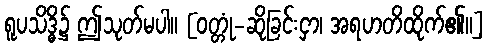
ရူပသိဒ္ဓိ၌ ဤသုတ်မပါ။ [ဝတ္တုံ-ဆိုခြင်းငှာ၊ အရဟတိထိုက်၏။]